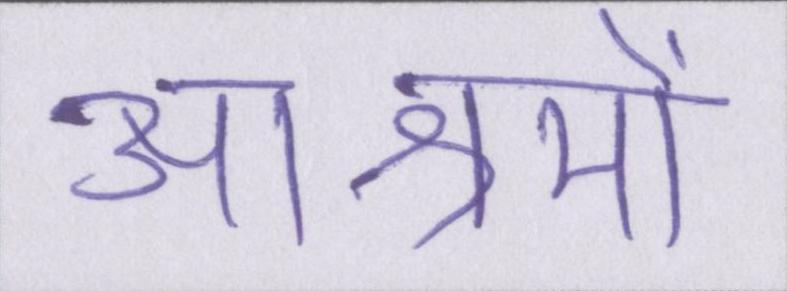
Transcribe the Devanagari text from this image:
आश्रमों